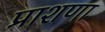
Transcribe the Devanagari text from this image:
प्राशणा